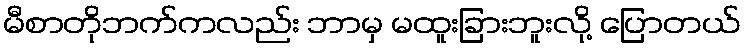
မီစာတိုဘက်ကလည်း ဘာမှ မထူးခြားဘူးလို့ ပြောတယ်